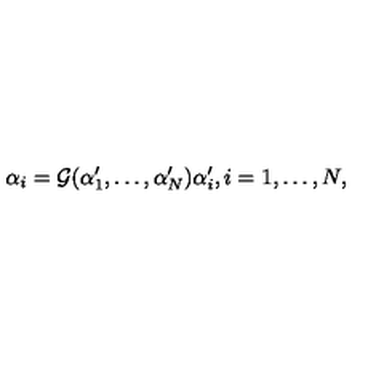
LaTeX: \alpha _ { i } = { \cal { G } } ( \alpha _ { 1 } ^ { \prime } , \ldots , \alpha _ { N } ^ { \prime } ) \alpha _ { i } ^ { \prime } , i = 1 , \ldots , N ,